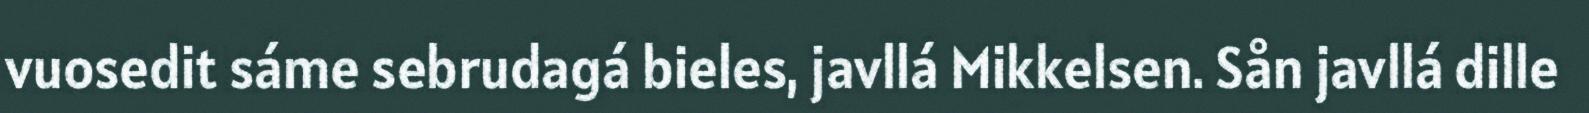
vuosedit sáme sebrudagá bieles, javllá Mikkelsen. Sån javllá dille